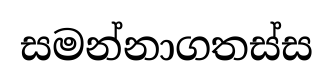
සමන්නාගතස්ස